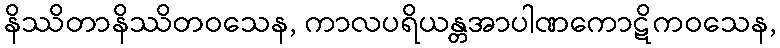
နိဿိတာနိဿိတဝသေန, ကာလပရိယန္တအာပါဏကောဋိကဝသေန,